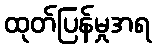
ထုတ်ပြန်မှုအရ